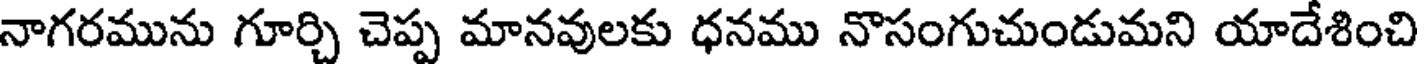
నాగరమును గూర్చి చెప్ప మానవులకు ధనము నొసంగుచుండుమని యాదేశించి